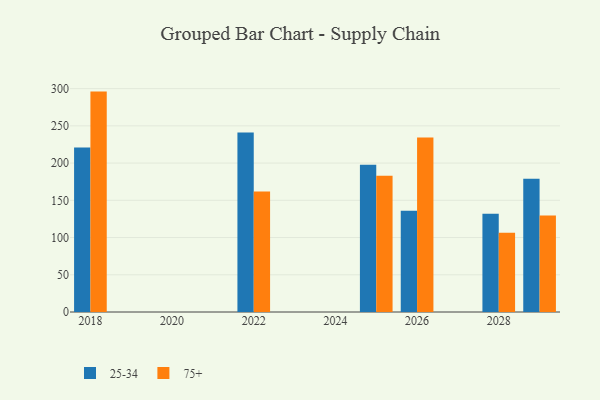
{"axis": {"x": "Year", "y": "Website Visitors"}, "legend": ["25-34", "75+"], "data": [{"x": "2026", "y": 135.9, "type": "25-34"}, {"x": "2026", "y": 234.2, "type": "75+"}, {"x": "2029", "y": 179.1, "type": "25-34"}, {"x": "2029", "y": 129.5, "type": "75+"}, {"x": "2028", "y": 132.1, "type": "25-34"}, {"x": "2028", "y": 106.3, "type": "75+"}, {"x": "2018", "y": 220.8, "type": "25-34"}, {"x": "2018", "y": 296.0, "type": "75+"}, {"x": "2022", "y": 241.1, "type": "25-34"}, {"x": "2022", "y": 162.0, "type": "75+"}, {"x": "2025", "y": 197.7, "type": "25-34"}, {"x": "2025", "y": 183.1, "type": "75+"}]}